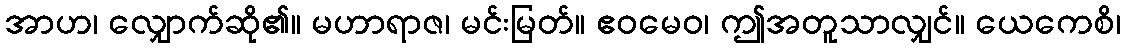
အာဟ၊ လျှောက်ဆို၏။ မဟာရာဇ၊ မင်းမြတ်။ ဧဝမေဝ၊ ဤအတူသာလျှင်။ ယေကေစိ၊